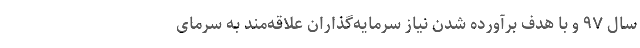
سال ۹۷ و با هدف برآورده شدن نیاز سرمایه‌گذاران علاقه‌مند به سرمای